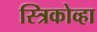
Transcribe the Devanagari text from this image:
स्त्रिकोव्हा